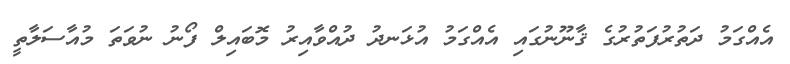
އެއްގަމު ދަތުރުފަތުރުގެ ޤާނޫނުގައި އެއްގަމު އުޅަނދު ދުއްވާއިރު މޮބައިލް ފޯނު ނުވަތަ މުއާސަލާތީ